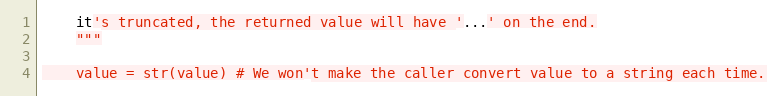
Language: Python
    it's truncated, the returned value will have '...' on the end.
    """

    value = str(value) # We won't make the caller convert value to a string each time.